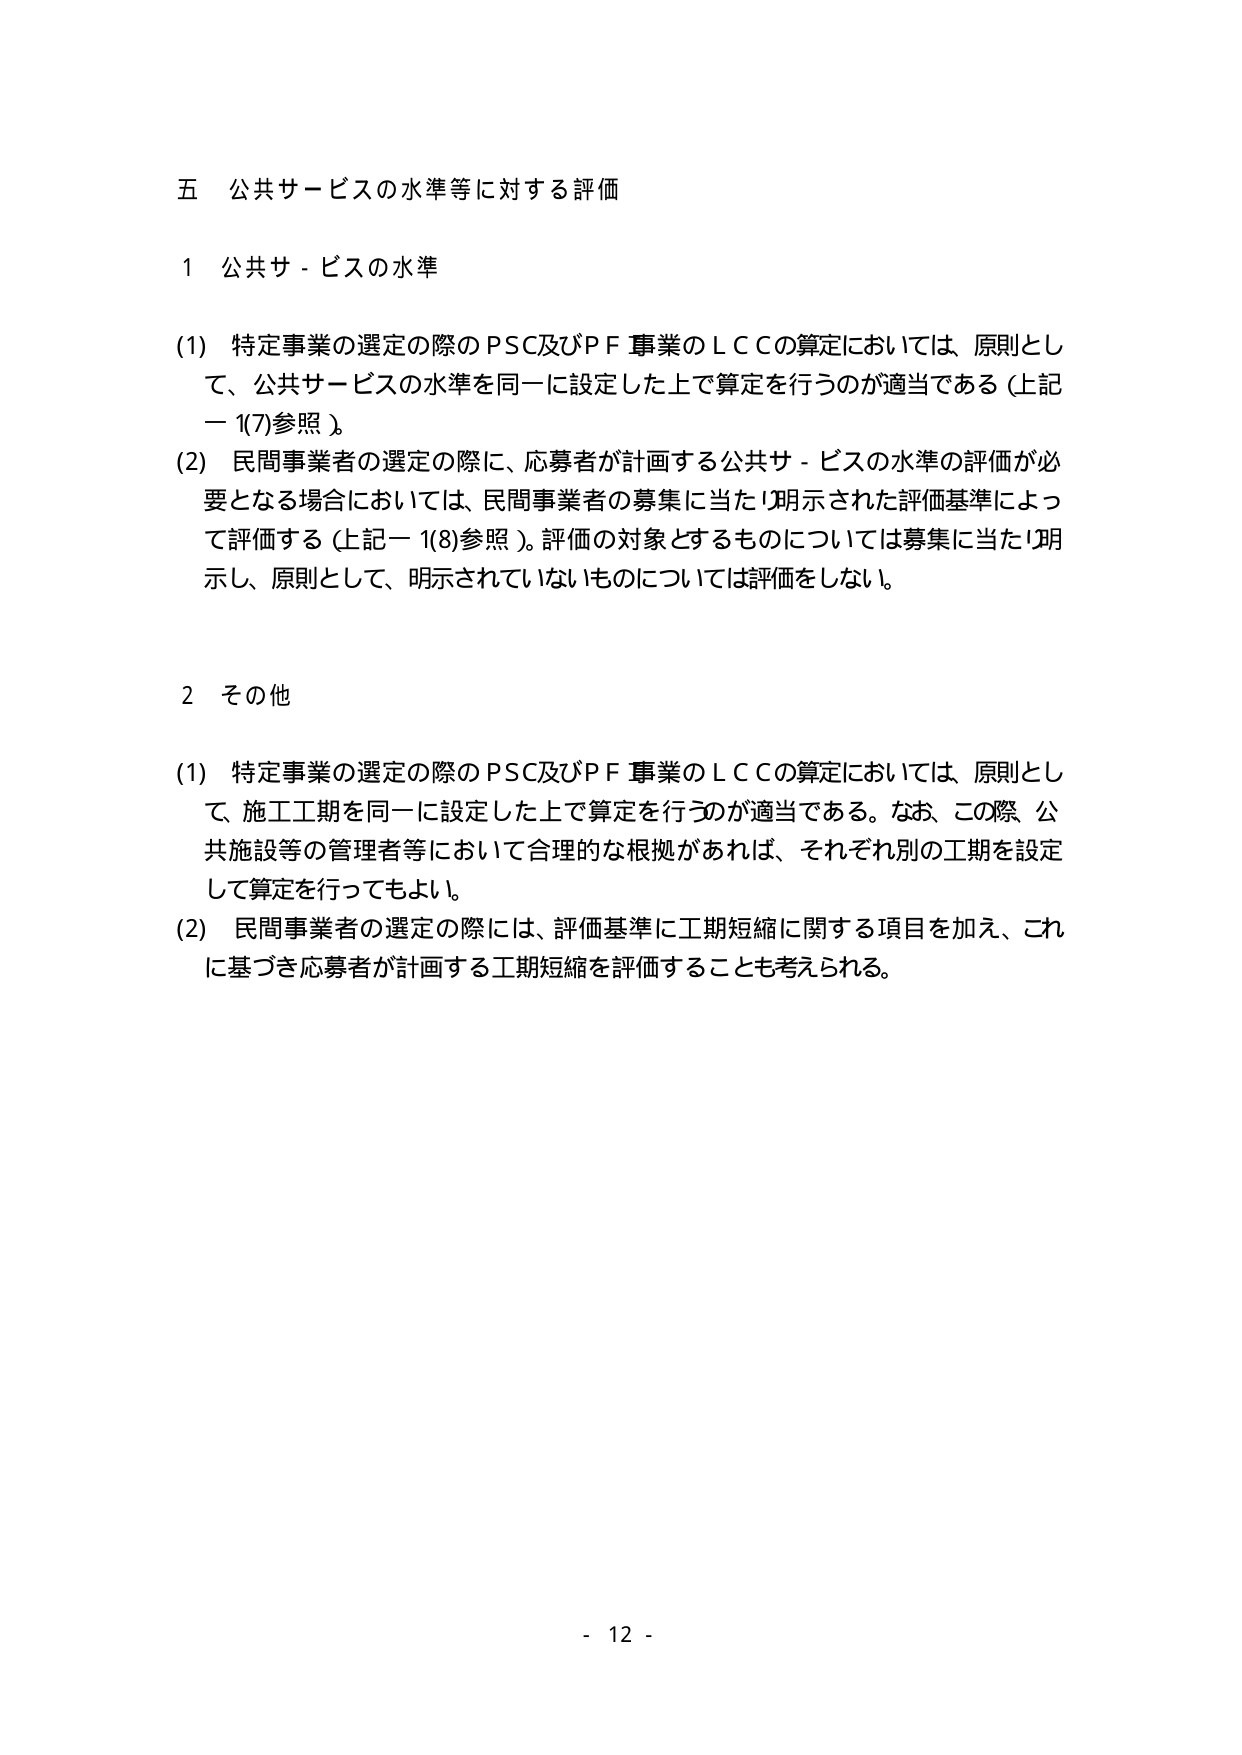
五 公共サービスの水準等に対する評価

1 公共サービスの水準

(1) 特定事業の選定の際のPSC及びPF事業のLCCの算定においては、原則として、公共サービスの水準を同一に設定した上で算定を行うのが適当である（上記一1(7)参照）。

(2) 民間事業者の選定の際に、応募者が計画する公共サービスの水準の評価が必要となる場合においては、民間事業者の募集に当たり明示された評価基準によって評価する（上記一1(8)参照）。評価の対象とするものについては募集に当たり明示し、原則として、明示されていないものについては評価をしない。

2 その他

(1) 特定事業の選定の際のPSC及びPF事業のLCCの算定においては、原則として、施工工期を同一に設定した上で算定を行うのが適当である。なお、この際、公共施設等の管理者等において合理的な根拠があれば、それぞれ別の工期を設定して算定を行ってもよい。

(2) 民間事業者の選定の際には、評価基準に工期短縮に関する項目を加え、これに基づき応募者が計画する工期短縮を評価することも考えられる。

- 12 -